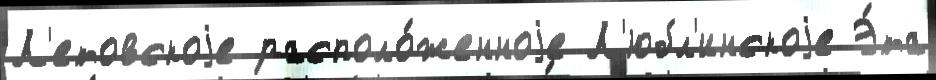
Л'етовскоjе располо́женноjе Л'юбл'инскоjе Э́та